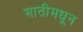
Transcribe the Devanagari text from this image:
मातीमधून